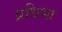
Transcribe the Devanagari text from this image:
प्रथिभा